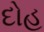
દોહ